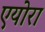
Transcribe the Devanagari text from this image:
एयोरा